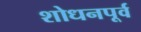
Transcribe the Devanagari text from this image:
शोधनपूर्व